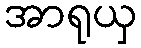
အာရုယှ